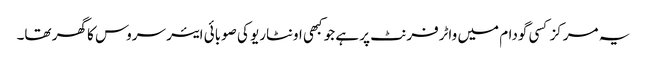
یہ مرکز کسی گودام میں واٹرفرنٹ پر ہے جو کبھی اونٹاریو کی صوبائی ایئر سروس کا گھر تھا۔